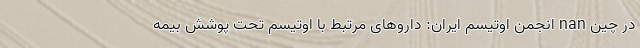
در چین nan انجمن اوتیسم ایران: داروهای مرتبط با اوتیسم تحت پوشش بیمه